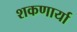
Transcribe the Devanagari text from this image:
शकणार्या